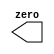
module top_module(output zero);

endmodule